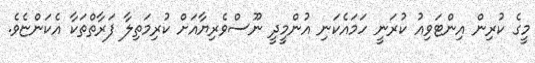
މީގެ ކުރިން އިންޓަވިއު ކުރަނީ ހަމައެކަނި އުންމީދީ ނޫސްވެރިޔާއަށް ކުރިމަތިލާ ފަރާތްތަކާ އެކަންޏެވެ.